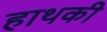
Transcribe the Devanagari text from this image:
हाथकी